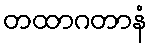
တထာဂတာနံ